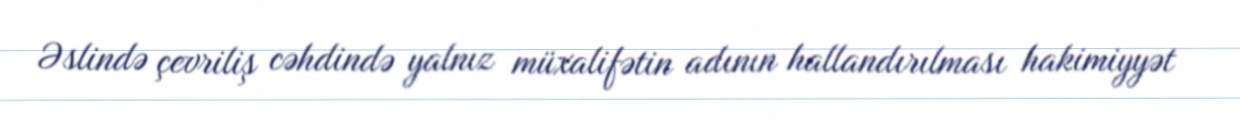
Əslində çevriliş cəhdində yalnız müxalifətin adının hallandırılması hakimiyyət